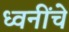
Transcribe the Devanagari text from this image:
ध्वनींचे